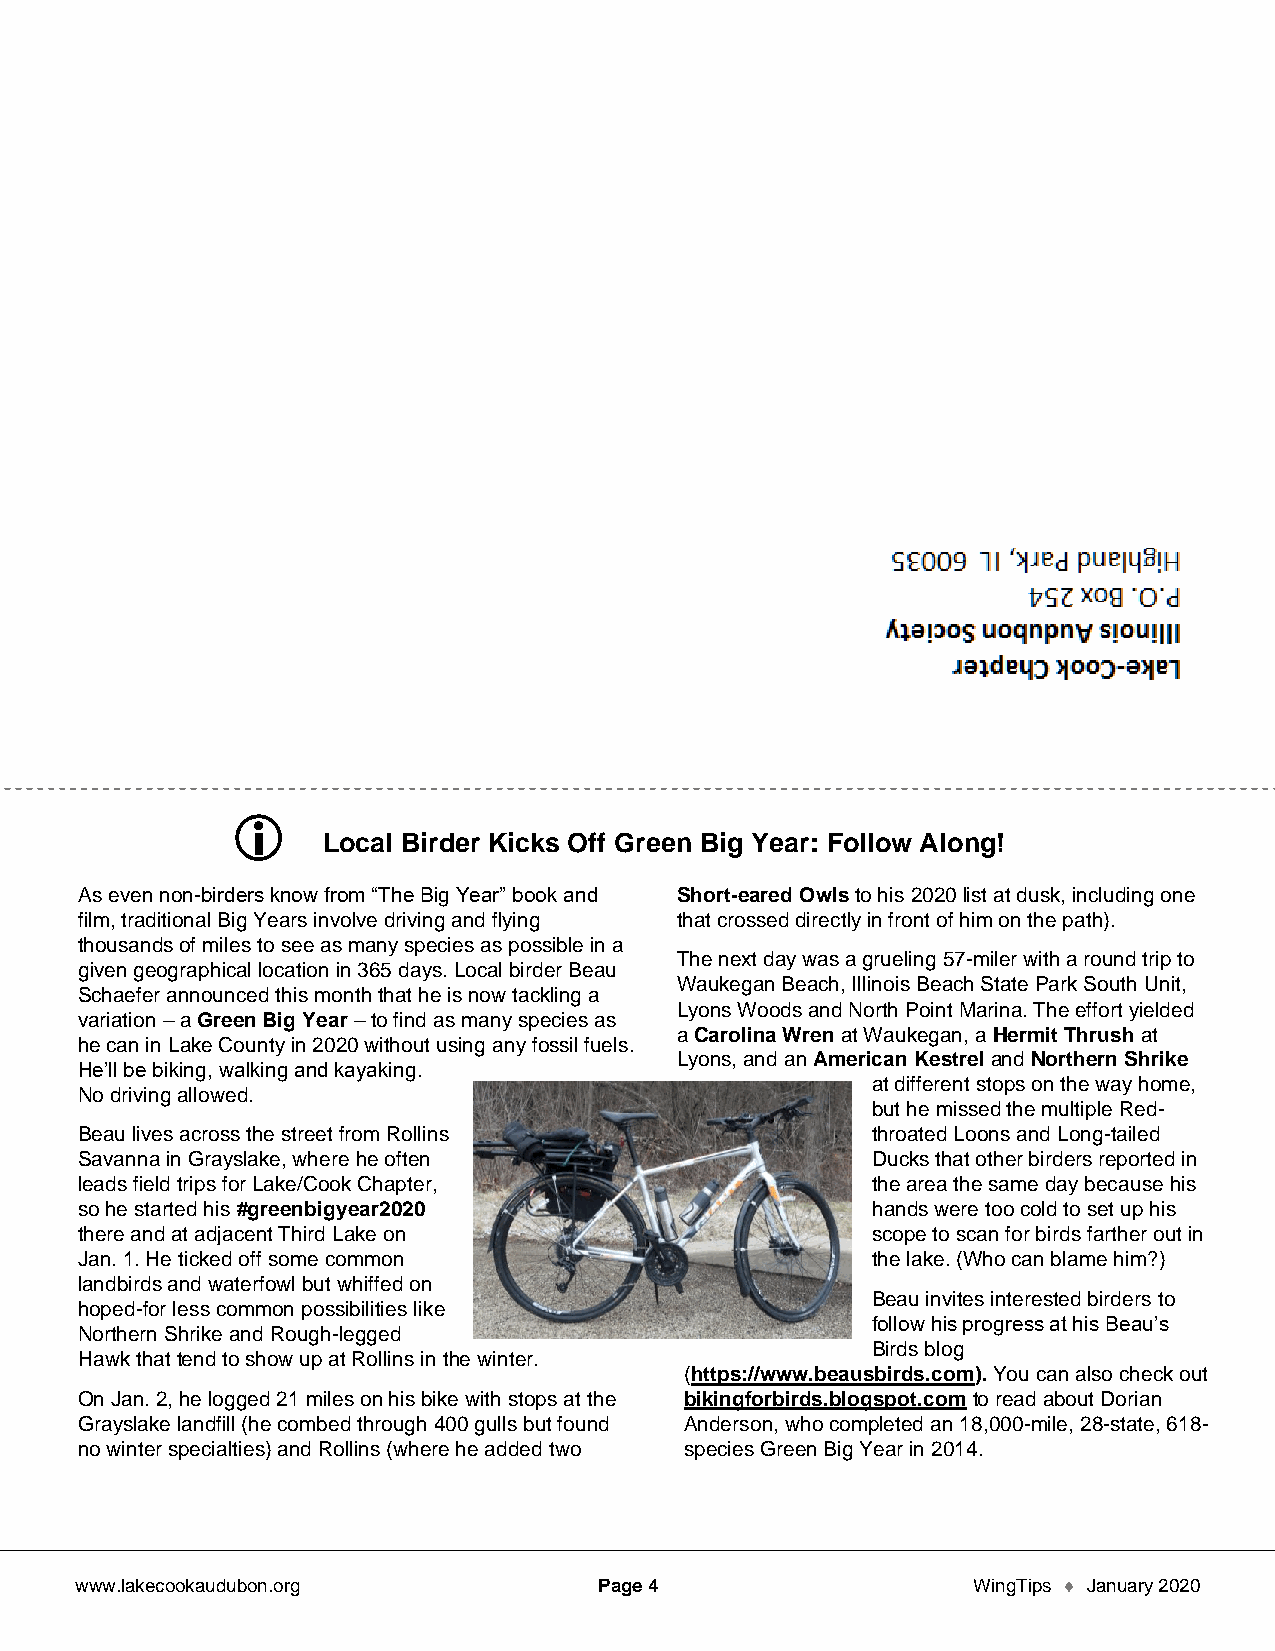

 Local Birder Kicks Off Green Big Year: Follow Along!
 As even non-birders know from “The Big Year” book and Short-eared Owls to his 2020 list at dusk, including one
 film, traditional Big Years involve driving and flying that crossed directly in front of him on the path).
 thousands of miles to see as many species as possible in a
 The next day was a grueling 57-miler with a round trip to
 given geographical location in 365 days. Local birder Beau
 Waukegan Beach, Illinois Beach State Park South Unit,
 Schaefer announced this month that he is now tackling a
 Lyons Woods and North Point Marina. The effort yielded
 variation – a Green Big Year – to find as many species as
 a Carolina Wren at Waukegan, a Hermit Thrush at
 he can in Lake County in 2020 without using any fossil fuels.
 Lyons, and an American Kestrel and Northern Shrike
 He’ll be biking, walking and kayaking.
 at different stops on the way home,
 No driving allowed.
 but he missed the multiple Red-
 Beau lives across the street from Rollins            throated Loons and Long-tailed
 Savanna in Grayslake, where he often                 Ducks that other birders reported in
 leads field trips for Lake/Cook Chapter,             the area the same day because his
 so he started his #greenbigyear2020                  hands were too cold to set up his
 there and at adjacent Third Lake on                  scope to scan for birds farther out in
 Jan. 1. He ticked off some common                    the lake. (Who can blame him?)
 landbirds and waterfowl but whiffed on
 Beau invites interested birders to
 hoped-for less common possibilities like
 follow his progress at his Beau’s
 Northern Shrike and Rough-legged
 Birds blog
 Hawk that tend to show up at Rollins in the winter.
 (https://www.beausbirds.com). You can also check out
 On Jan. 2, he logged 21 miles on his bike with stops at the bikingforbirds.blogspot.com to read about Dorian
 Grayslake landfill (he combed through 400 gulls but found Anderson, who completed an 18,000-mile, 28-state, 618-
 no winter specialties) and Rollins (where he added two species Green Big Year in 2014.
 www.lakecookaudubon.org            Page 4                  WingTips  January 2020